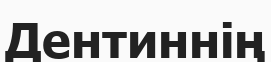
Дентиннің